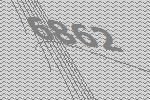
6862